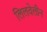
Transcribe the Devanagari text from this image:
लिलवेलीन